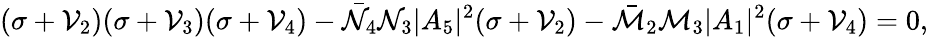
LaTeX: (\sigma+\mathcal{V}_{2})(\sigma+\mathcal{V}_{3})(\sigma+\mathcal{V}_{4})-\bar{\mathcal{N}}_{4}{\mathcal{N}}_{3}|A_{5}|^{2}(\sigma+\mathcal{V}_{2})-\bar{\mathcal{M}}_{2}{\mathcal{M}}_{3}|A_{1}|^{2}(\sigma+\mathcal{V}_{4})=0,